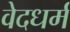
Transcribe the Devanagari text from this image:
वेदधर्म